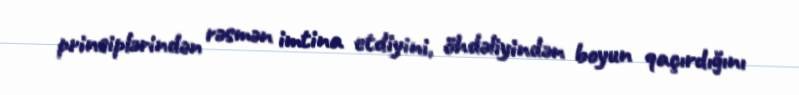
prinsiplərindən rəsmən imtina etdiyini, öhdəliyindən boyun qaçırdığını